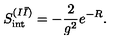
S _ { \mathrm { i n t } } ^ { ( I \bar { I } ) } = - \frac { 2 } { g ^ { 2 } } e ^ { - R } .